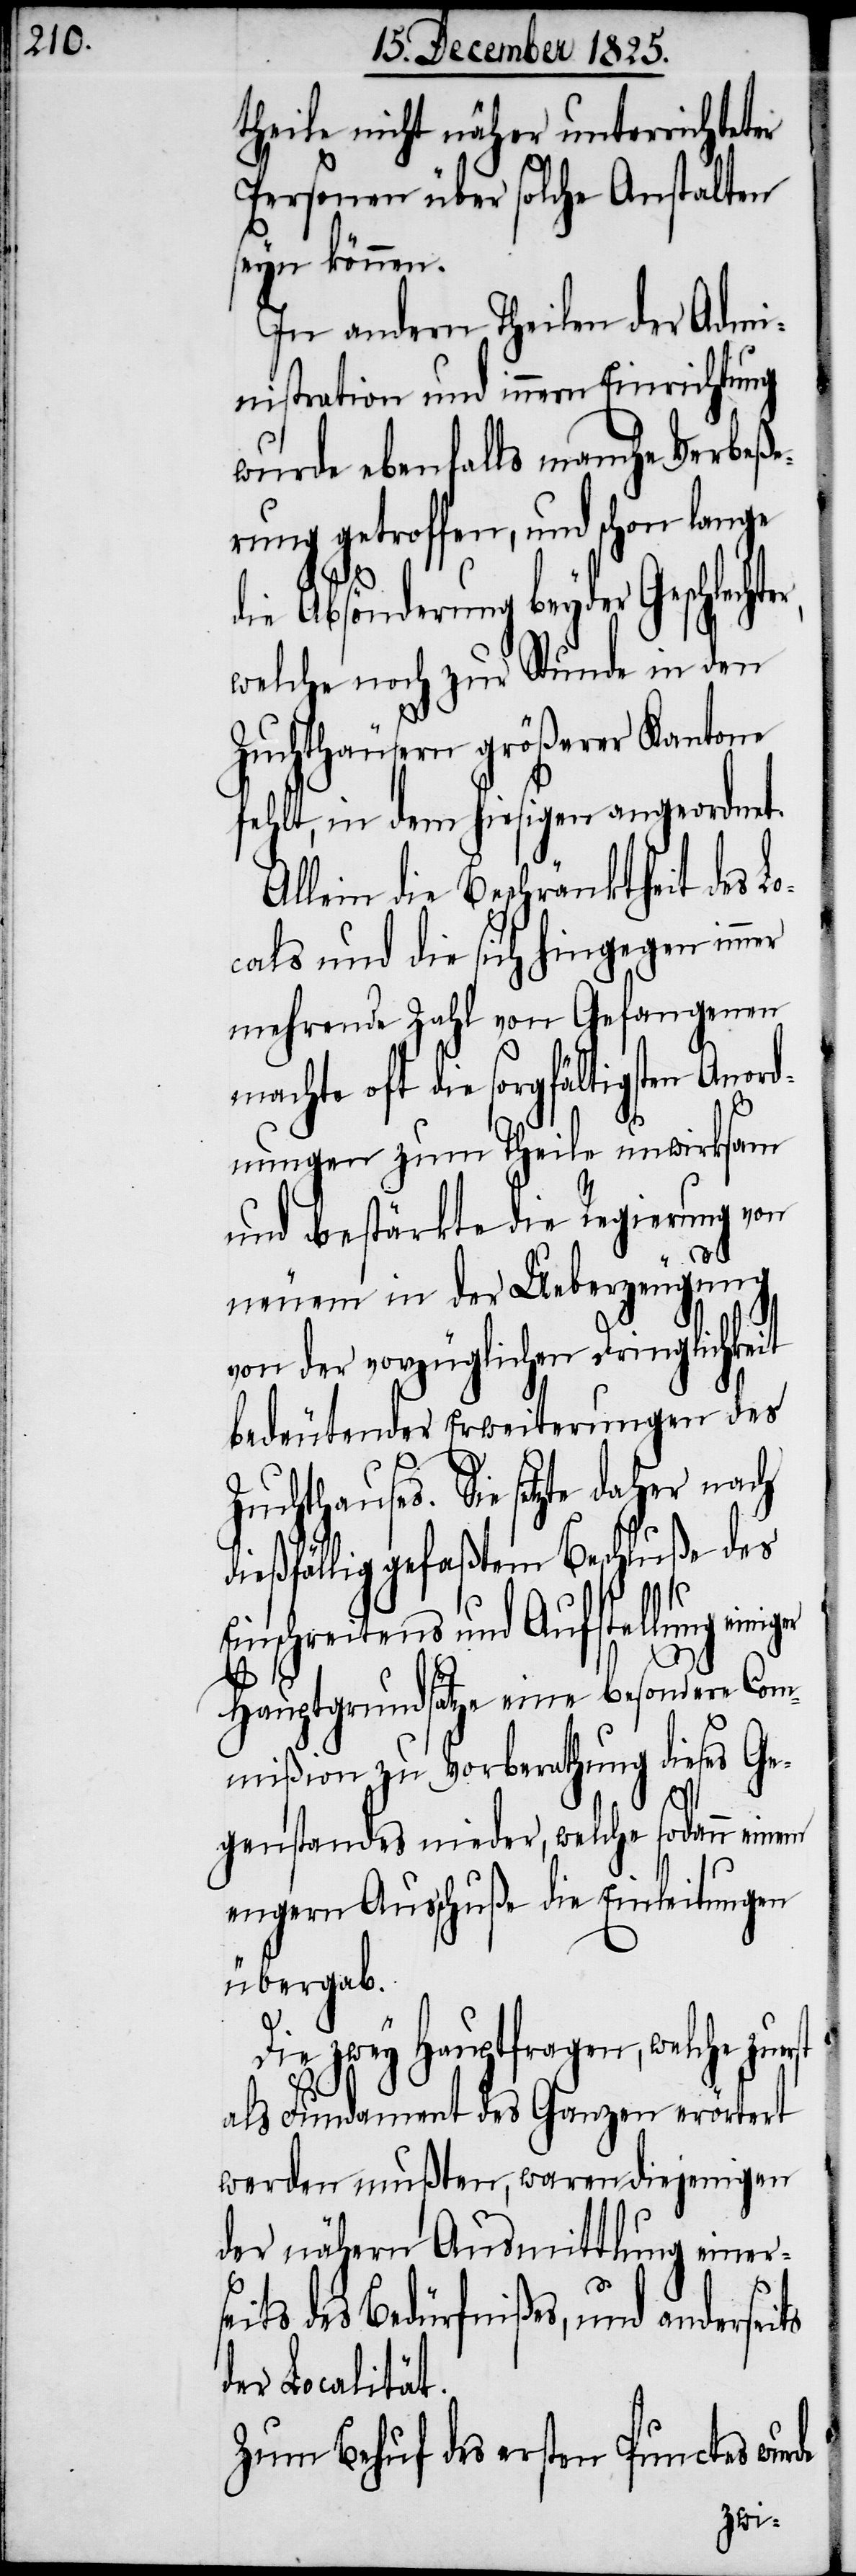
theile nicht näher unterrichteter
Personen über solche Anstalten
seyn können.
In andern Theilen der Admi¬
nistration und innern Einrichtung
wurde ebenfalls manche Verbeße¬
rung getroffen und schon lange
die Absönderung beyder Geschlec¬
welche noch zur Stunde in den
Zuchthäusern größerer Kantone
fehlt, in dem hiesigen angeordnet.
Allein die Beschränktheit des L¬
ocals und die sich hingegen immer
mehrende Zahl von Gefangenen
machte oft die sorgfältigsten Anord¬
Ei¬
nungen zum Theile unwirksam
und bestärkte die Regierung von
se¬
neuem in der Ueberzeugung
von der vorzüglichen Dringlichkeit
bedeutender Erweiterungen des
Zuchthauses. Sie setzte daher nach
dießfällig gefaßtem Beschluße des
nschreitens und Aufstellung
Hauptgrundsätze eine besondere Com¬
mißion zu Vorberathung dieses Ge¬
genstandes nieder, welche sodann einen
engern Ausschuße die Einleitungen
übergab.
seits
Die zwey Hauptfragen, welche zue¬
als Fundament des Ganzen erörtert
werden mußten, waren diejenigen
der nähern Ausmittlung einer¬
its des Bedürfnißes, und ander¬
der Localität.
Zum Behuf des ersten Punctes wurde